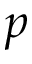
\boldsymbol { p }